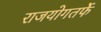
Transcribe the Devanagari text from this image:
राजयोगतर्फे